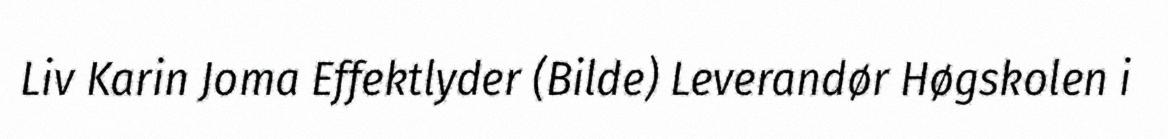
Liv Karin Joma Effektlyder (Bilde) Leverandør Høgskolen i